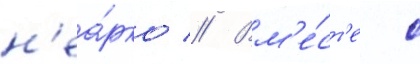
н'еа́рко // Вм'е́ст'е с